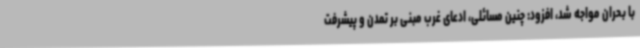
با بحران مواجه شد، افزود: چنین مسائلی، ادعای غرب مبنی بر تمدن و پیشرفت